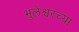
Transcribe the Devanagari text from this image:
भुलेश्वरच्या